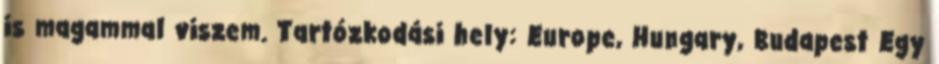
is magammal viszem. Tartózkodási hely: Europe, Hungary, Budapest Egy